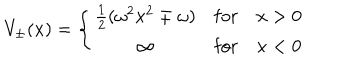
LaTeX: V _ { \pm } ( x ) = \left\{ \begin{array} { c l l } { { { \frac { 1 } { 2 } } ( \omega ^ { 2 } x ^ { 2 } \mp \omega ) } } & { { \mathrm { f o r } } } & { { x > 0 } } \\ { { \infty } } & { { \mathrm { f o r } } } & { { x < 0 } } \\ \end{array} \right.